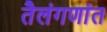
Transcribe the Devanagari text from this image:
तैलंगणांत